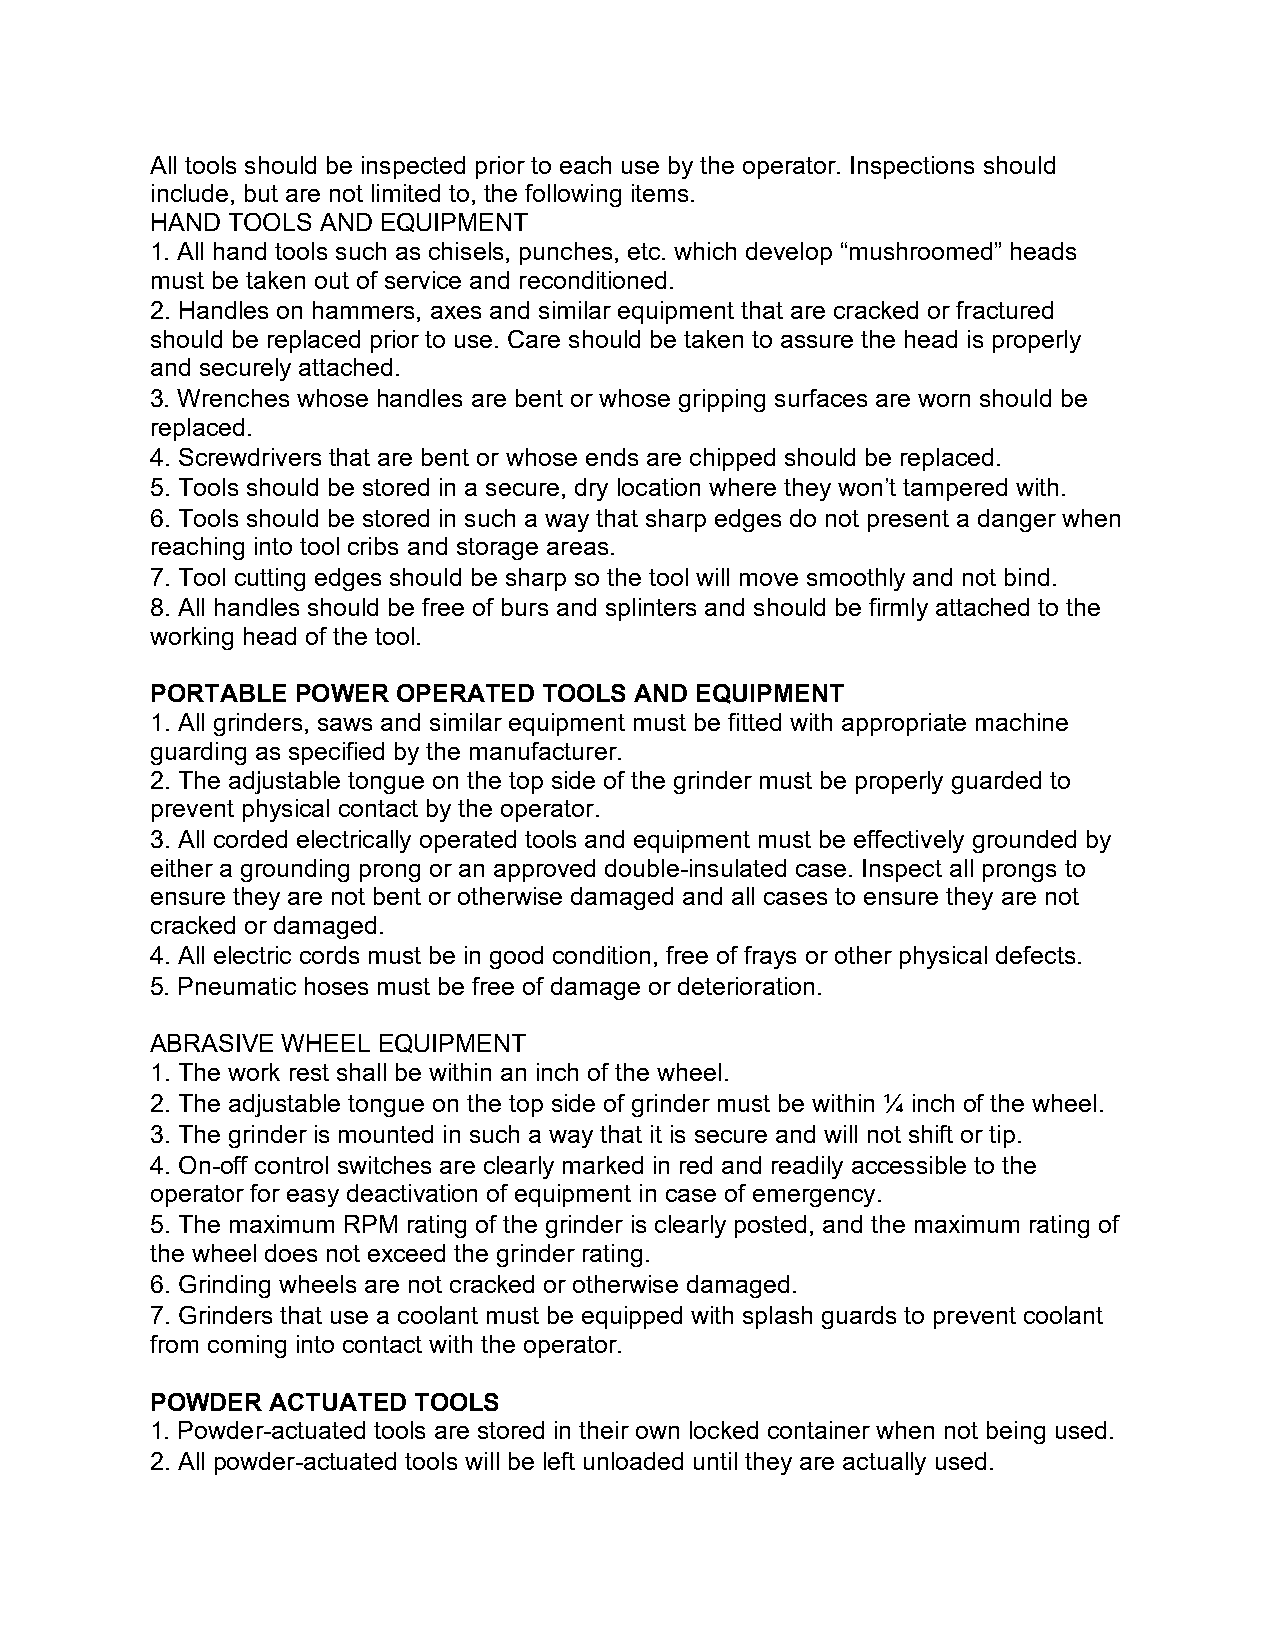
All tools should be inspected prior to each use by the operator. Inspections should
 include, but are not limited to, the following items.
 HAND TOOLS AND EQUIPMENT
 1. All hand tools such as chisels, punches, etc. which develop “mushroomed” heads
 must be taken out of service and reconditioned.
 2. Handles on hammers, axes and similar equipment that are cracked or fractured
 should be replaced prior to use. Care should be taken to assure the head is properly
 and securely attached.
 3. Wrenches whose handles are bent or whose gripping surfaces are worn should be
 replaced.
 4. Screwdrivers that are bent or whose ends are chipped should be replaced.
 5. Tools should be stored in a secure, dry location where they won’t tampered with.
 6. Tools should be stored in such a way that sharp edges do not present a danger when
 reaching into tool cribs and storage areas.
 7. Tool cutting edges should be sharp so the tool will move smoothly and not bind.
 8. All handles should be free of burs and splinters and should be firmly attached to the
 working head of the tool.
 PORTABLE  POWER OPERATED  TOOLS AND EQUIPMENT
 1. All grinders, saws and similar equipment must be fitted with appropriate machine
 guarding as specified by the manufacturer.
 2. The adjustable tongue on the top side of the grinder must be properly guarded to
 prevent physical contact by the operator.
 3. All corded electrically operated tools and equipment must be effectively grounded by
 either a grounding prong or an approved double-insulated case. Inspect all prongs to
 ensure they are not bent or otherwise damaged and all cases to ensure they are not
 cracked or damaged.
 4. All electric cords must be in good condition, free of frays or other physical defects.
 5. Pneumatic hoses must be free of damage or deterioration.
 ABRASIVE WHEEL EQUIPMENT
 1. The work rest shall be within an inch of the wheel.
 2. The adjustable tongue on the top side of grinder must be within ¼ inch of the wheel.
 3. The grinder is mounted in such a way that it is secure and will not shift or tip.
 4. On-off control switches are clearly marked in red and readily accessible to the
 operator for easy deactivation of equipment in case of emergency.
 5. The maximum RPM rating of the grinder is clearly posted, and the maximum rating of
 the wheel does not exceed the grinder rating.
 6. Grinding wheels are not cracked or otherwise damaged.
 7. Grinders that use a coolant must be equipped with splash guards to prevent coolant
 from coming into contact with the operator.
 POWDER  ACTUATED TOOLS
 1. Powder-actuated tools are stored in their own locked container when not being used.
 2. All powder-actuated tools will be left unloaded until they are actually used.